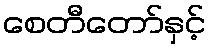
စေတီတော်နှင့်